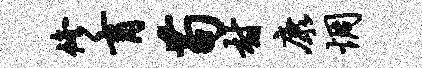
修肓苟村康惆